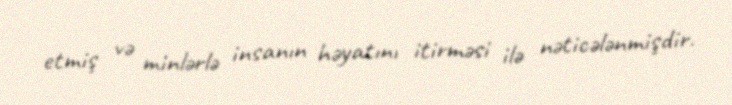
etmiş və minlərlə insanın həyatını itirməsi ilə nəticələnmişdir.